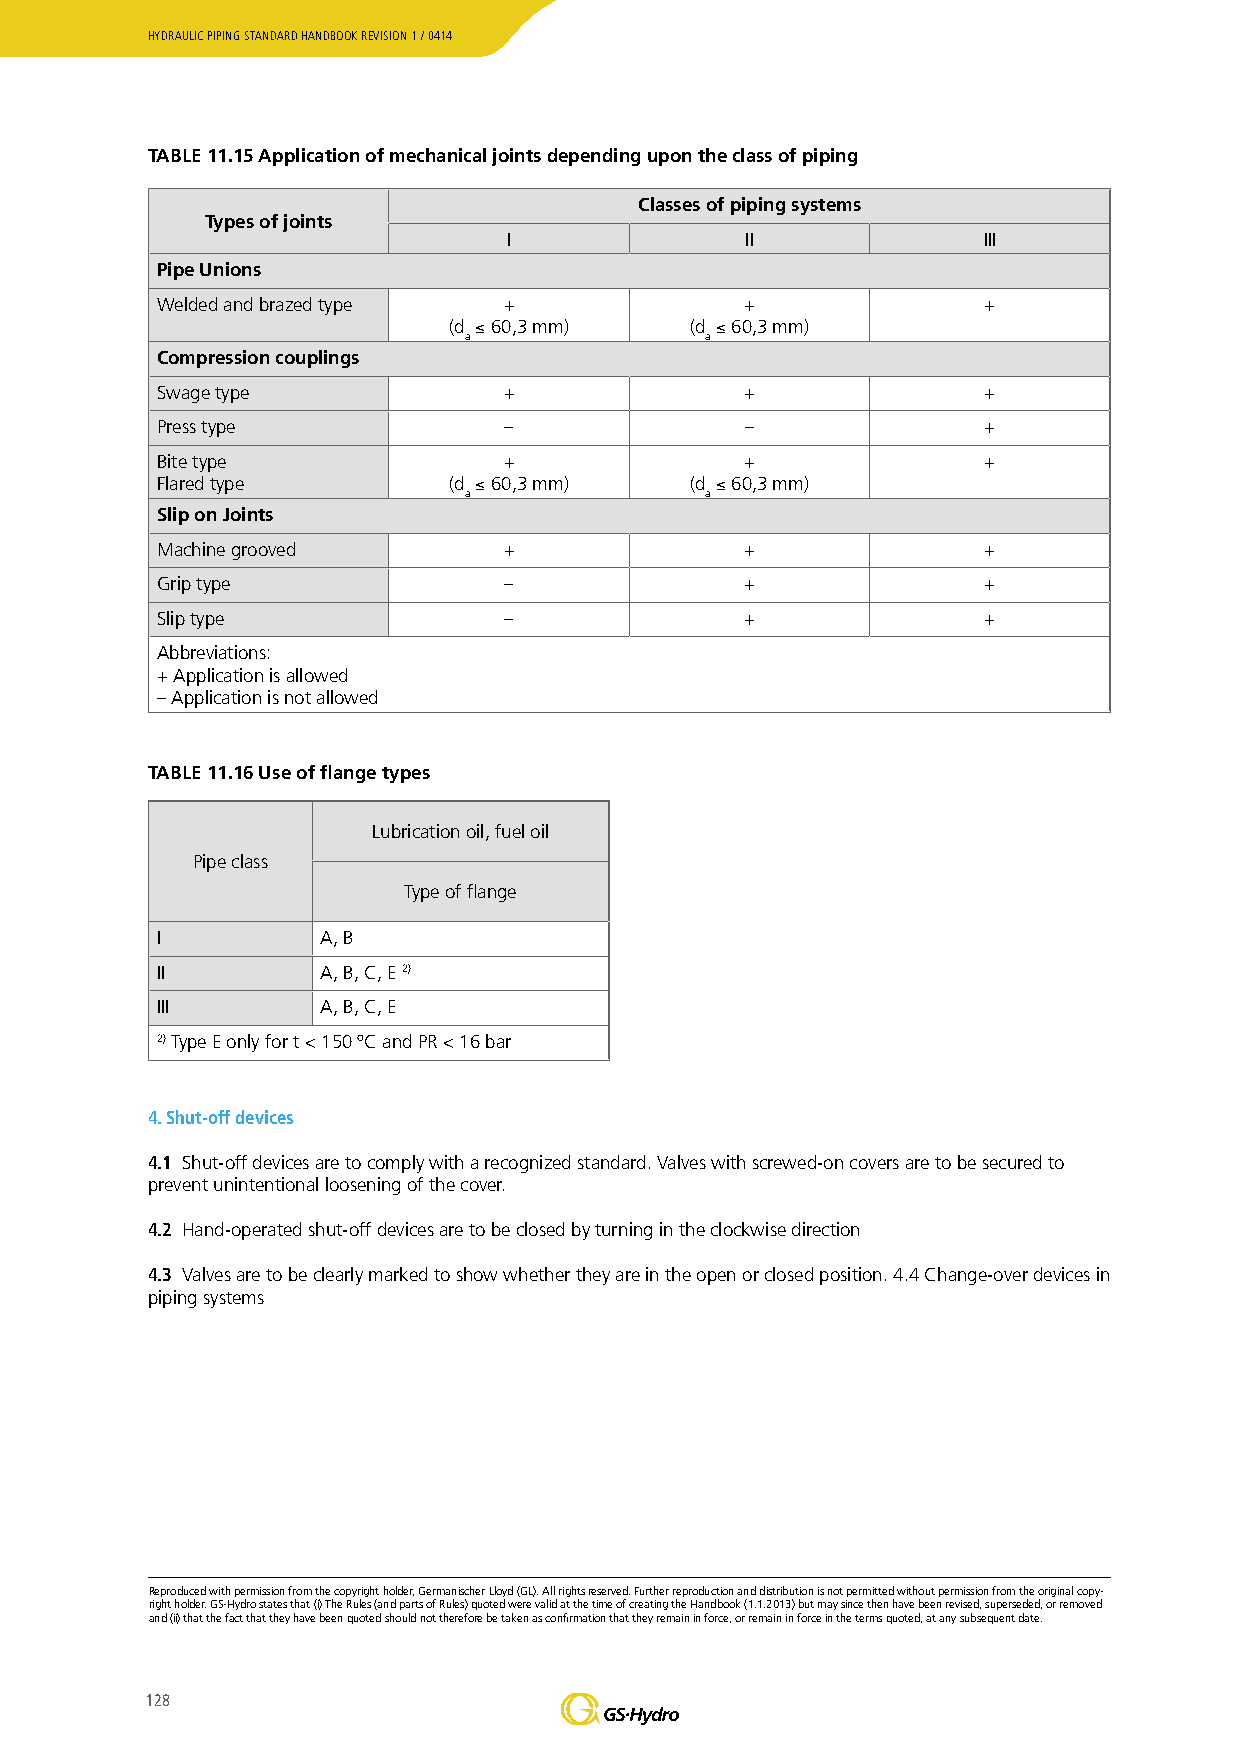
HYDRAULIC PIPING STANDARD HANDBOOK REVISION 1 / 0414
 TABLE 11.15 Application of mechanical joints depending upon the class of piping
 Classes of piping systems
 Types of joints
 I              II              III
 Pipe Unions
 Welded and brazed type +               +               +
 (d ≤ 60,3 mm)   (d ≤ 60,3 mm)
 a               a
 Compression couplings
 Swage type             +               +               +
 Press type             –               –               +
 Bite type              +               +               +
 Flared type         (d ≤ 60,3 mm)   (d ≤ 60,3 mm)
 a               a
 Slip on Joints
 Machine grooved        +               +               +
 Grip type              –               +               +
 Slip type              –               +               +
 Abbreviations:
 + Application is allowed
 – Application is not allowed
 TABLE 11.16 Use of flange types
 Lubrication oil, fuel oil
 Pipe class
 Type of flange
 I          A, B
 II         A, B, C, E 2)
 III        A, B, C, E
 2) Type E only for t < 150 ºC and PR < 16 bar
 4. Shut-off devices
 4.1 Shut-off devices are to comply with a recognized standard. Valves with screwed-on covers are to be secured to
 prevent unintentional loosening of the cover.
 4.2 Hand-operated shut-off devices are to be closed by turning in the clockwise direction
 4.3 Valves are to be clearly marked to show whether they are in the open or closed position. 4.4 Change-over devices in
 piping systems
 Reproduced with permission from the copyright holder, Germanischer Lloyd (GL). All rights reserved. Further reproduction and distribution is not permitted without permission from the original copy-
 right holder. GS-Hydro states that (i) The Rules (and parts of Rules) quoted were valid at the time of creating the Handbook (1.1.2013) but may since then have been revised, superseded, or removed
 and (ii) that the fact that they have been quoted should not therefore be taken as confirmation that they remain in force, or remain in force in the terms quoted, at any subsequent date.
 128